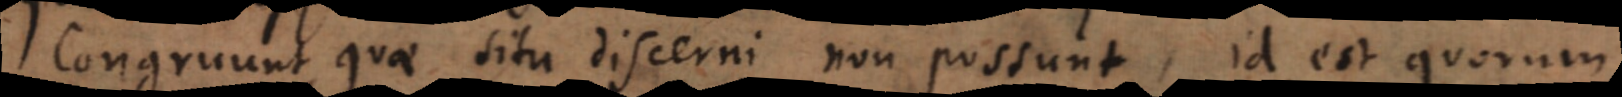
Congruunt quae situ discerni non possunt, id est quorum